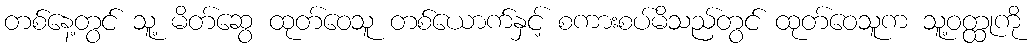
တစ်နေ့တွင် သူ့ မိတ်ဆွေ ထုတ်ဝေသူ တစ်ယောက်နှင့် စကားစပ်မိသည်တွင် ထုတ်ဝေသူက သူ့ဝတ္ထုကို